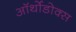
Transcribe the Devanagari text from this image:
ऑर्थोडोक्स